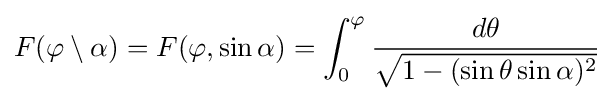
F(\varphi \setminus \alpha )=F(\varphi ,\sin \alpha )=\int _{0}^{\varphi }{\frac {d\theta }{\sqrt {1-(\sin \theta \sin \alpha )^{2}}}}